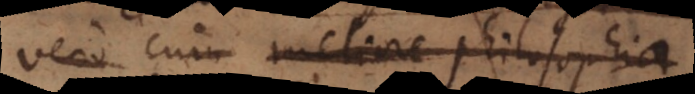
vero cum meliore philosophia.